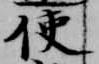
使